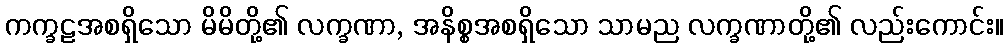
ကက္ခဠအစရှိသော မိမိတို့၏ လက္ခဏာ, အနိစ္စအစရှိသော သာမည လက္ခဏာတို့၏ လည်းကောင်း။